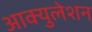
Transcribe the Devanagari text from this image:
आक्युलेशन